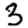
Digit: 3